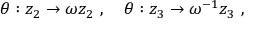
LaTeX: \theta : z _ { 2 } \rightarrow \omega z _ { 2 } ~ , ~ ~ ~ \theta : z _ { 3 } \rightarrow \omega ^ { - 1 } z _ { 3 } ~ ,